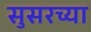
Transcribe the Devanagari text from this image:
सुसरच्या